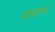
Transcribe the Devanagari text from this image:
मतदारवर्ग